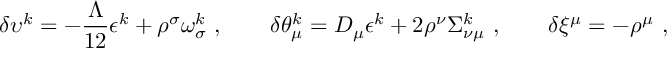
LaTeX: \delta \upsilon ^ { k } = - \frac { \Lambda } { 1 2 } \epsilon ^ { k } + \rho ^ { \sigma } \omega _ { \sigma } ^ { k } \ , \qquad \delta \theta _ { \mu } ^ { k } = D _ { \mu } \epsilon ^ { k } + 2 \rho ^ { \nu } \Sigma _ { \nu \mu } ^ { k } \ , \qquad \delta \xi ^ { \mu } = - \rho ^ { \mu } \ ,